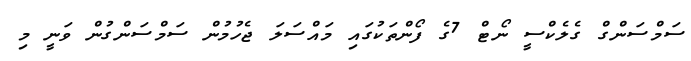
ސަމްސަންގް ގެލެކްސީ ނޯޓް 7ގެ ފޯންތަކުގައި މައްސަލަ ޖެހުމުން ސަަމްސަންގުން ވަނީ މި